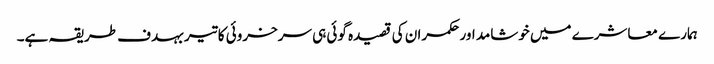
ہمارے معاشرے میں خوشامد اور حکمران کی قصیدہ گوئی ہی سرخروئی کا تیر بہدف طریقہ ہے۔